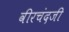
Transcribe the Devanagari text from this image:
वीरचंदजी